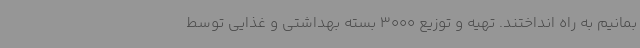
بمانیم به راه انداختند. تهیه و توزیع 3000 بسته بهداشتی و غذایی توسط